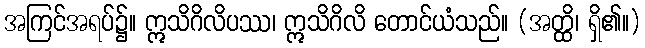
အကြင်အရပ်၌။ ဣသိဂိလိပဿ၊ ဣသိဂိလိ တောင်ယံသည်။ (အတ္ထိ၊ ရှိ၏။)